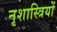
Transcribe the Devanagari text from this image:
नृशास्त्रियों